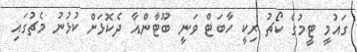
ގައުމީ ޓީމުގެ ކޯޗު ރިކީ ހާބަޓް ވަނީ ބޫޓާންއާ ދެކޮޅަށް ކުޅުނު މެޗުގައި